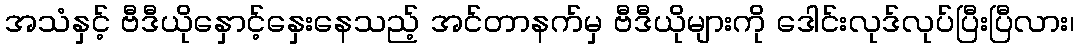
အသံနှင့် ဗီဒီယိုနှောင့်နှေးနေသည့် အင်တာနက်မှ ဗီဒီယိုများကို ဒေါင်းလုဒ်လုပ်ပြီးပြီလား၊